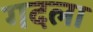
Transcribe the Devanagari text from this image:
गदला